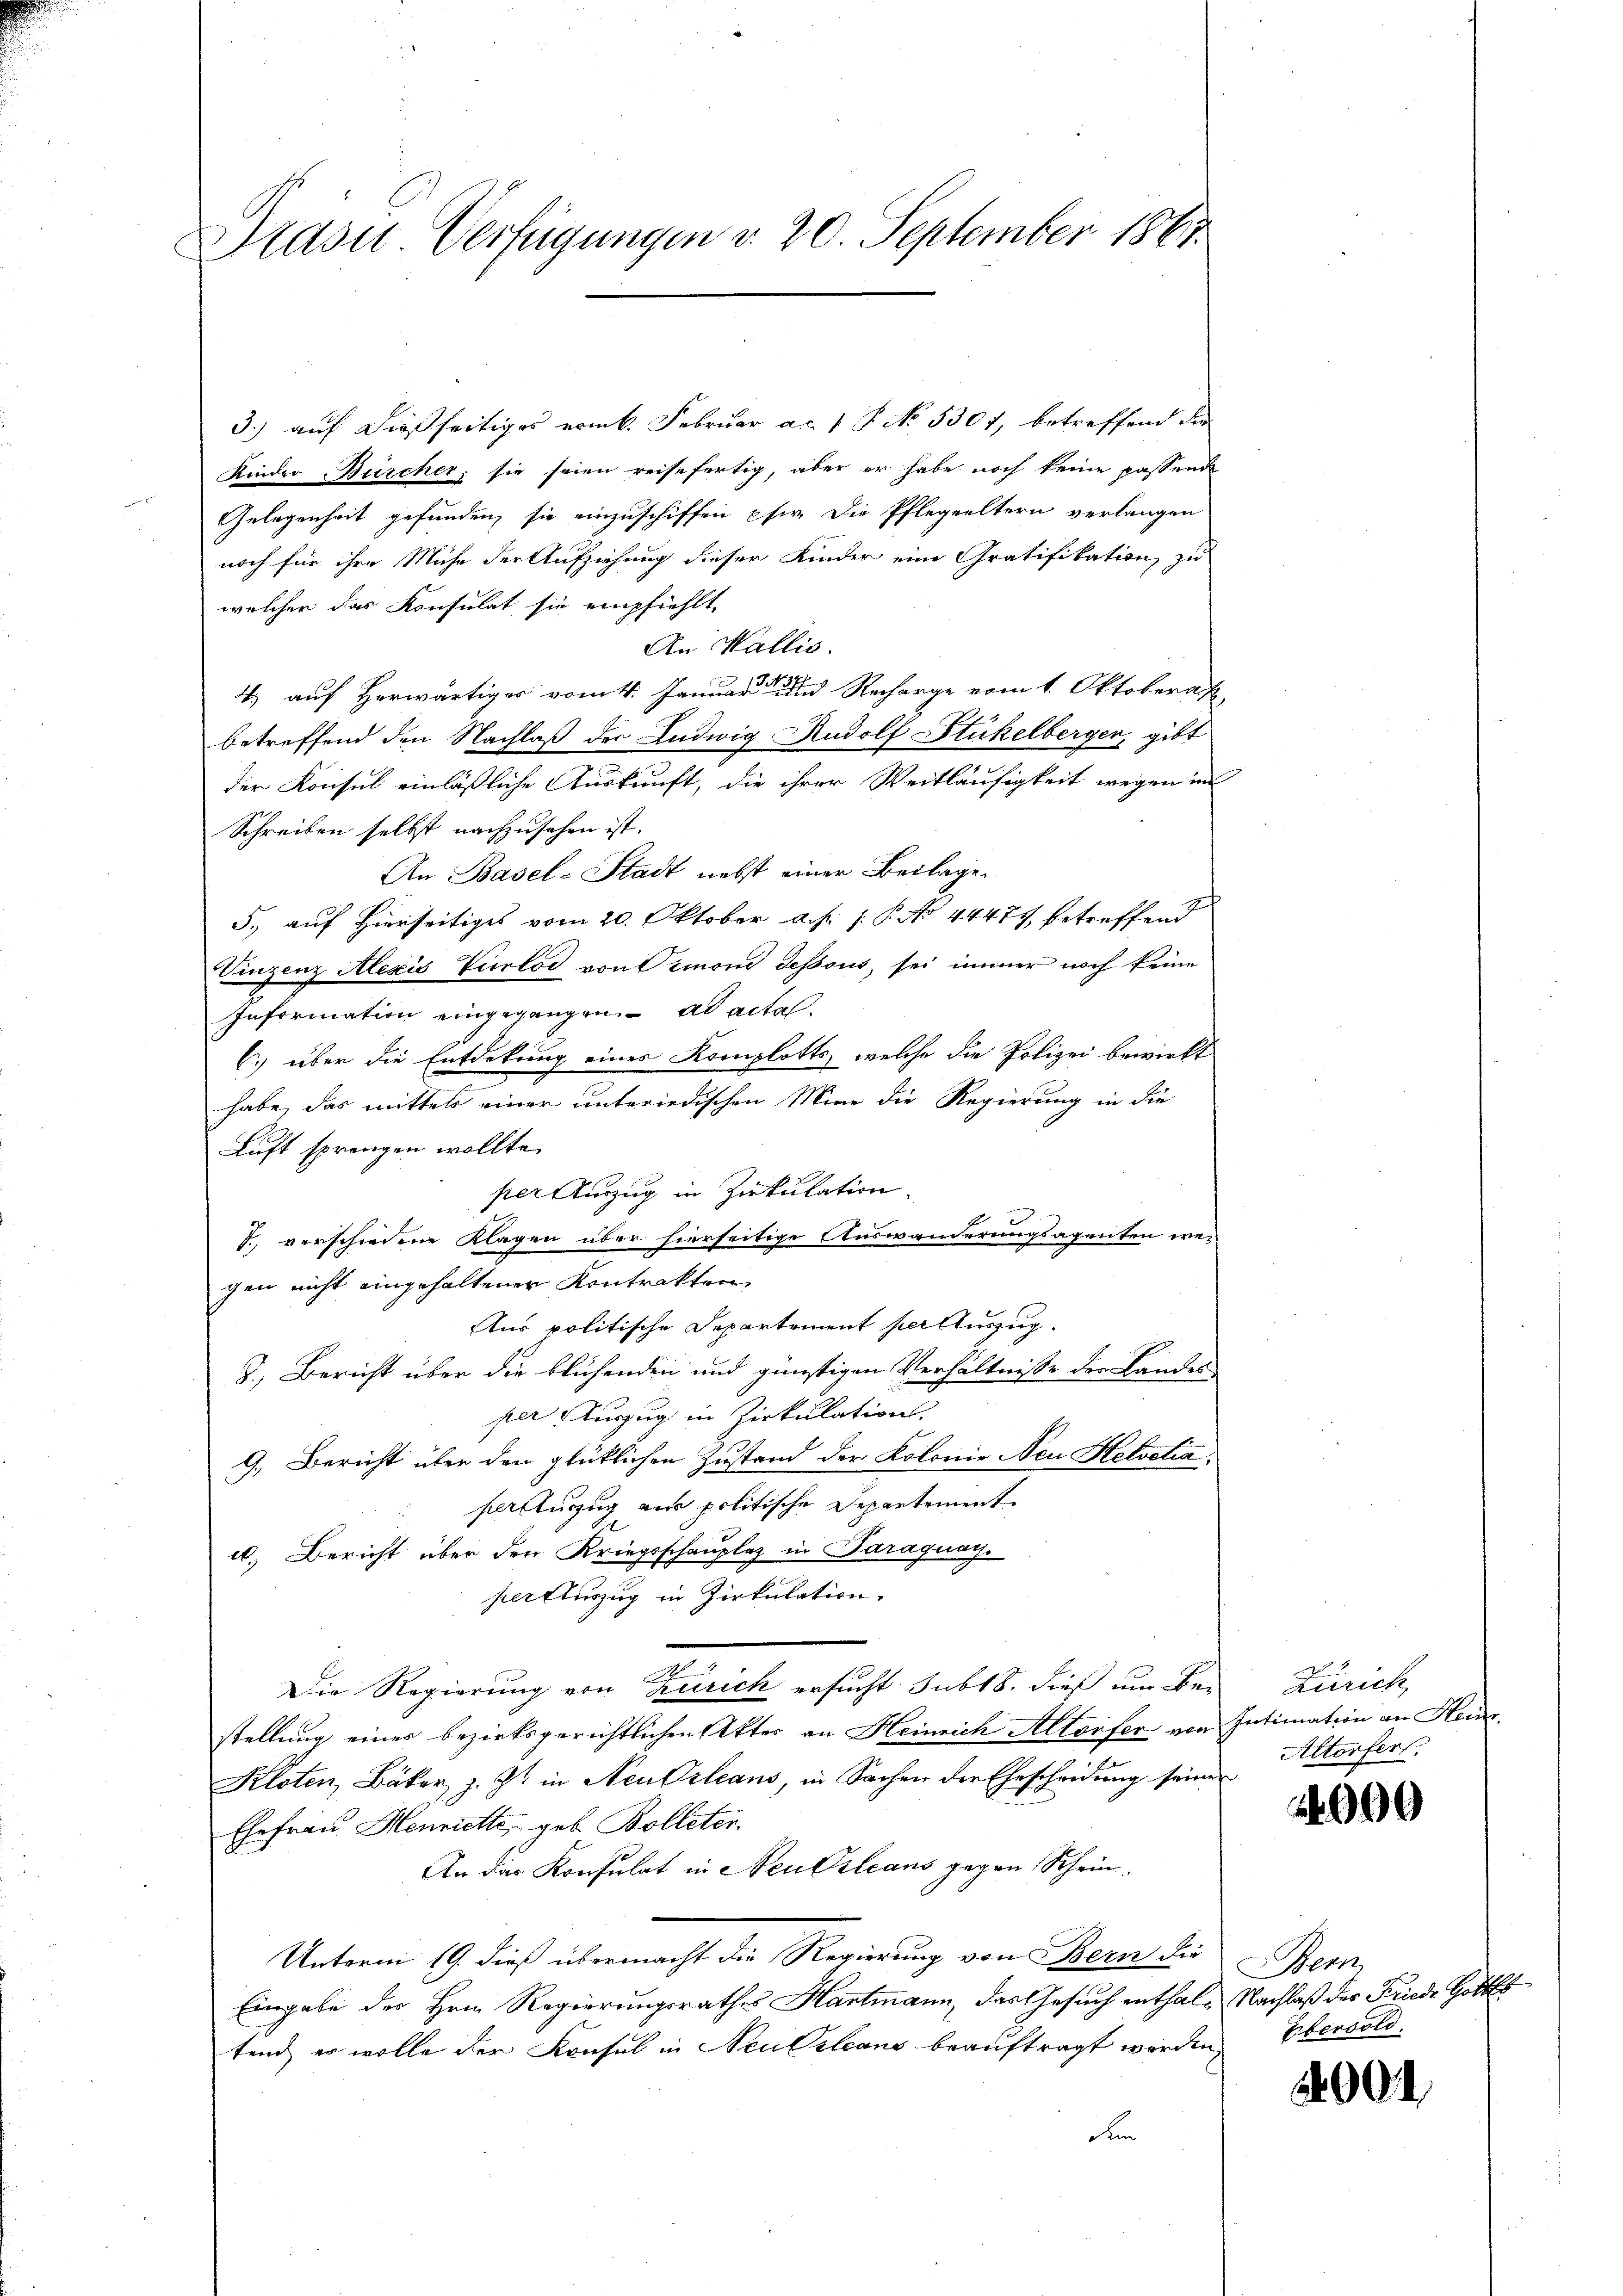
Masu Verfügungen v. 20. September 1861.

3.) auf dießseitiges vom 6. Februar ac. 1 P No. 5301, betreffend die
Kinder Bürcher, sie seien reisefertig, aber er habe noch keine passend
Gelegenheit gefunden, sie einzuschiffen pfer. Die Pflegeeltern verlangen
noch für ihre Mühe der Aufziehung dieser Kinder eine Gratifikation zu
welcher das Konsulat sie empfiehlt,
An Wallis.
4) auf Herwärtiger vom 11. Januar und Recharge vom 1. Oktoberat
betreffend den Nachlaß der Ludwig Rudolf Stückelberger, gibt
der Konsul einläßliche Auskunft, die ihrer Weitläufigkeit wegen in
Schreiben selbst nachzusehen ist.
An Basel-Stadt nebst einer Beilage
5., auf Hierseitiges vom 20. Oktober a. p. /: P. No 44471, betreffend
Einzenz Alexis Verlor von Simoni dessous, sei immer noch keine
Information eingegangen ad acta.
C) über die Entdekung eines Komplotts, welche die Polizei bewirkt
habe, das mittels einer unteriedischen Mine die Regierung in die
Luft sprengen wollte.
ser Auszug in Zirkulation.
E
J. verschiedene Klagen über hierseitige Auswanderungsagenten wegen nicht eingehaltener Kontrakten
Aus politische Departement per Auszug.
3.) Bericht über die blühenden und günstigen Verhältnisse der Landes
per Auszug in Zirkulation.
9. Bericht über den glücklichen Zustand der Kolonie Neu Helvetia
parltuzug aus politische Departement
u. Bericht über den Kriegsschauplaz in Paraguay.
per Auszug in Zirkulation.
.
Die Regierung von Zürich ersucht sub 18. dieß um Bei Zürich
stellung einer bezirksgerichtlichen Akter an Heinrich Altorfer von Intimation an Hei¬
Kloten, Bäker, z. Zt. in Neu Orleans, in Sachen der Ehescheidung seiner
Ehefrau Henriette, geb. Bolleter.
An der Konsulat in Neu Orleans gegen Schein.
Unterm 19. dieß übermacht die Regierung von Bern die
Eingabe des Hrn. Regierungsrathes Hartmann, das Gesuch enthal- Nachlaß des Friede Gottes
tend er wolle der Konsul in Neulsleans beauftragt werden,
den

Altorfert.

4090

Bern
Ebersold.

200.